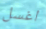
اغسل